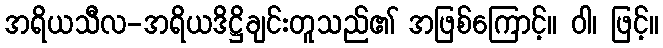
အရိယသီလ-အရိယဒိဋ္ဌိချင်းတူသည်၏ အဖြစ်ကြောင့်။ ဝါ၊ ဖြင့်။